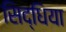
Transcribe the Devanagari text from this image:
सिद्धिया